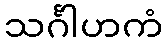
သင်္ဂါဟကံ